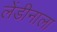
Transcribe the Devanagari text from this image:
लेंडीनाला